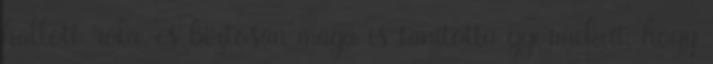
hallott róla, és biztosan maga is tanította gyermekeit, hogy